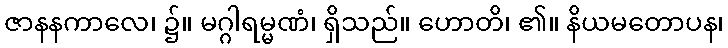
ဇာနနကာလေ၊ ၌။ မဂ္ဂါရမ္မဏံ၊ ရှိသည်။ ဟောတိ၊ ၏။ နိယမတောပန၊